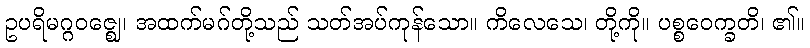
ဥပရိမဂ္ဂဝဇ္ဈေ၊ အထက်မဂ်တို့သည် သတ်အပ်ကုန်သော။ ကိလေသေ၊ တို့ကို။ ပစ္စဝေက္ခတိ၊ ၏။